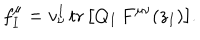
LaTeX: f _ { I } ^ { \mu } = v _ { \nu } ^ { I } \, \mathrm { t r } \, \bigl [ Q _ { I } \, F ^ { \mu \nu } ( z _ { I } ) \bigr ] .